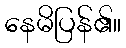
နေမိပြန်၏။